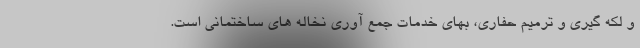
و لکه گیری و ترمیم حفاری، بهای خدمات جمع آوری نخاله های ساختمانی است.